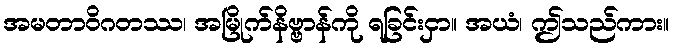
အမတာဝိဂတဿ၊ အမြိုက်နိဗ္ဗာန်ကို ရခြင်းငှာ။ အယံ၊ ဤသည်ကား။